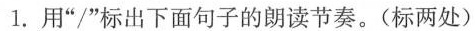
1. 用”/”标出下面句子的朗读节奏。(标两处)